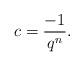
LaTeX: \begin{align*}c= \dfrac{-1}{q^{n}}.\end{align*}